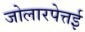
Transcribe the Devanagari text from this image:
जोलारपेत्तई